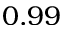
0 . 9 9